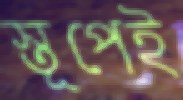
স্তূপেই